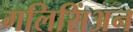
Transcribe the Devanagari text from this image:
गलिसिंअन